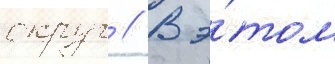
округ // В э́том